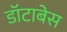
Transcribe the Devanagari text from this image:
डॉटाबेस